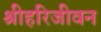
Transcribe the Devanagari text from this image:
श्रीहरिजीवन